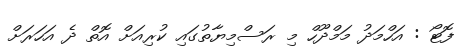
ފޮޓޯ : އަހްމަދު މަމްދޫހް މި ރަސްމިޔާތުގައި ކުރިއަށް އޮތް ދެ އަހަރަށް